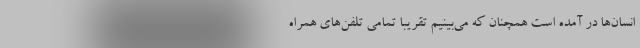
انسان‌ها در آمده است همچنان که می‌بینیم تقریباً تمامی تلفن‌های همراه